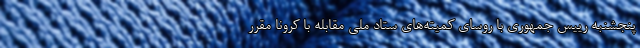
پنجشنبه رییس جمهوری با روسای کمیته‌های ستاد ملی مقابله با کرونا مقرر